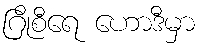
ဂြိုစီရေ ဟောဒီမှာ